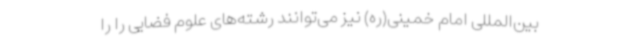
بین‌المللی امام خمینی(ره) نیز می‌توانند رشته‌های علوم فضایی را را